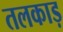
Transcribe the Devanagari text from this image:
तलकाड़